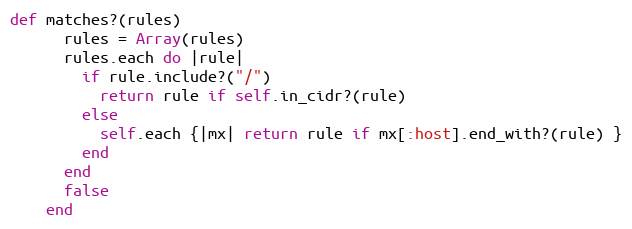
Language: Ruby
def matches?(rules)
      rules = Array(rules)
      rules.each do |rule|
        if rule.include?("/")
          return rule if self.in_cidr?(rule)
        else
          self.each {|mx| return rule if mx[:host].end_with?(rule) }
        end
      end
      false
    end